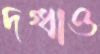
দগ্ধাও